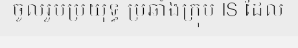
ចូលរួមប្រយុទ្ធ ប្រឆាំងក្រុម IS ដែល